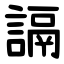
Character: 䛿